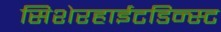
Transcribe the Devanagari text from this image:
सिशेरहाईटडिन्स्ट